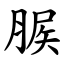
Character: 䐅